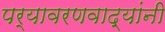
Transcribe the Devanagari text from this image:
पर्यावरणवाद्यांनी